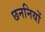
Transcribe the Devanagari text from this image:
छननियों